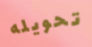
تحويله